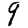
Digit: 9